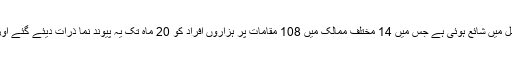
اس کی تفصیلات اوپتھیلمولوجی نامی جرنل میں شائع ہوئی ہے جس میں 14 مختلف ممالک میں 108 مقامات پر ہزاروں افراد کو 20 ماہ تک یہ پیوند نما ذرات دیئے گئے اور ان کی کارکردگی کا بغور جائزہ لیا گیا۔